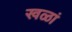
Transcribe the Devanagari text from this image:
खळां